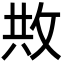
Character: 𢼭